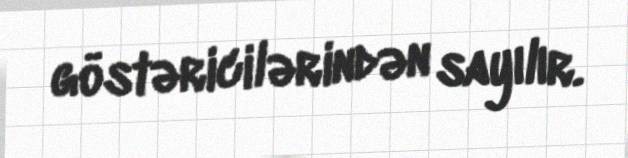
göstəricilərindən sayılır.